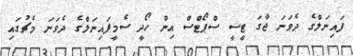
ފައިނަލްގެ ދެވަނަ ޖާގަ ޓީސީ ސްޕޯޓްސް އިން ހޯދީ ސެމީފައިނަލްގެ ދެވަނަ މެޗުގައި